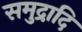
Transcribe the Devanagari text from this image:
समुद्रादि